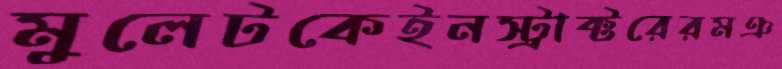
মুলেটকেইনস্ট্রাক্টরেরমঞ